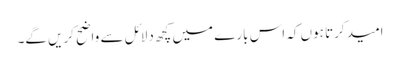
امید کرتا ہوں کہ اس بارے میں کچھ دلائل سے واضح کریں گے۔